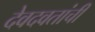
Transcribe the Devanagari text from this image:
देवदवतांची